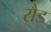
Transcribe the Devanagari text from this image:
रौड